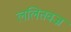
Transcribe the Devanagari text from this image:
ललितवज्र